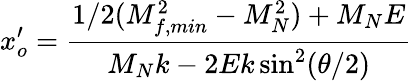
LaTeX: x_{o}^{\prime}=\frac{1/2(M_{f,min}^{2}-M_{N}^{2})+M_{N}E}{M_{N}k-2Ek\sin^{2}(\theta/2)}